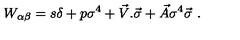
W _ { \alpha \beta } = s \delta + p \sigma ^ { 4 } + { \vec { V } } . { \vec { \sigma } } + { \vec { A } } \sigma ^ { 4 } { \vec { \sigma } } \ .